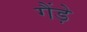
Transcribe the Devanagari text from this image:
गैंड़े